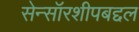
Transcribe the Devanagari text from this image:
सेन्सॉरशीपबद्दल